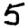
Digit: 5